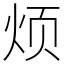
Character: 烦